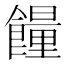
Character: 𩞯